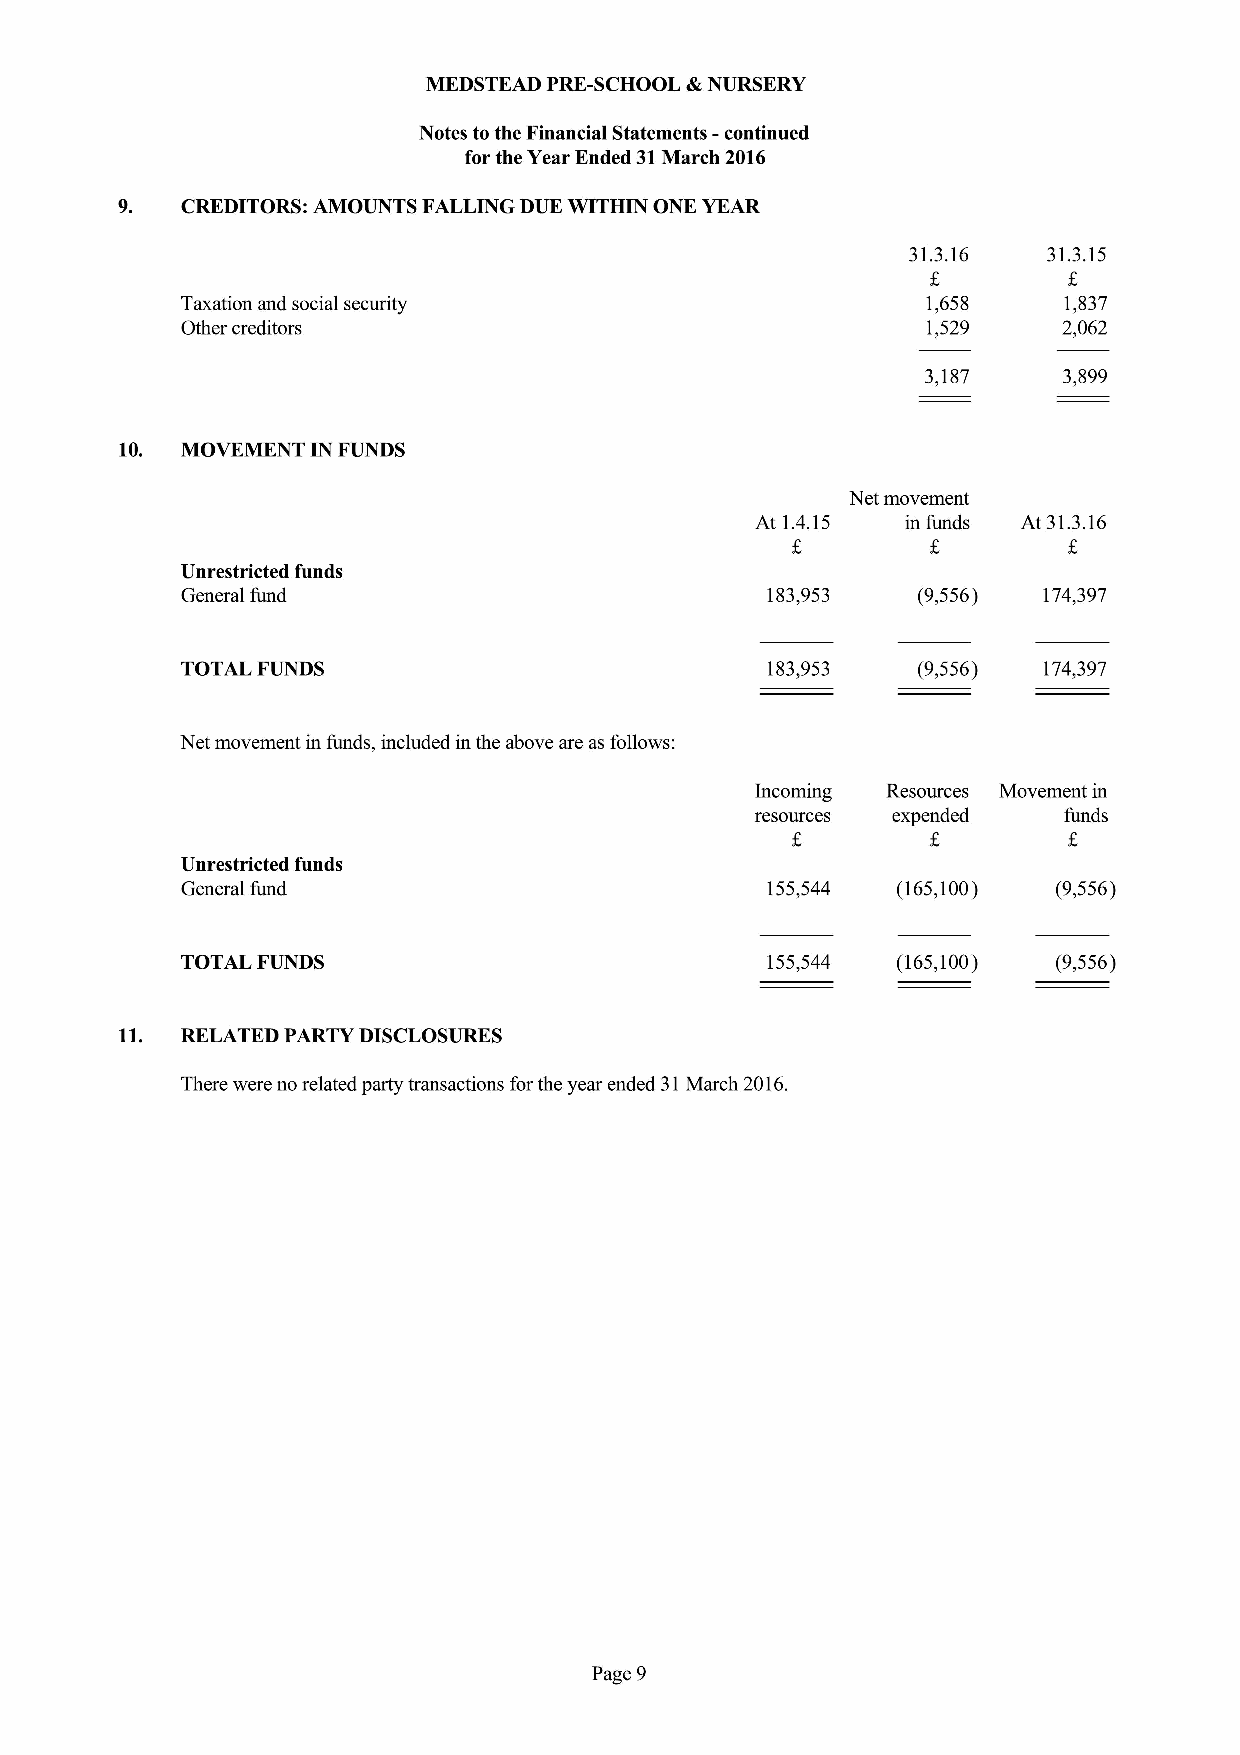
MEDSTEAD PRE-SCHOOL &NURSERY
 Notes tothe Financial Statements —continued
 for the Year Ended 31March 2016
 9.  CREDITORS: AMOUNTS FALLING DUE WITHIN ONE YEAR
 31.3.16  31.3.15
 Taxation and social security                     1,658    1,837
 Other creditors                                  1,529    2,062
 3,187    3,899
 10. MOVEMENT IN FUNDS
 Net movement
 At 1.4.15 in funds At 31.3.16
 Unrestricted funds
 General fund                           183,953   (9,556) 174,397
 TOTAL FUNDS                            183,953   (9,556) 174,397
 Net movement in funds, included in the above are as follows:
 Incoming Resources Movement in
 resources expended  funds
 Unrestricted funds
 General fund                           155,544 (165,100)  (9,556)
 TOTAL FUNDS                            155,544 (165,100)  (9,556)
 11. RELATED PARTY DISCLOSURES
 There were no related party transactions forthe year ended 31March 2016.
 Page 9